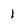
Character: 1